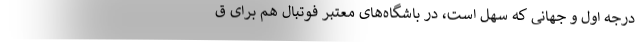
درجه اول و جهانی که سهل است، در باشگاه‌های معتبر فوتبال هم برای ق